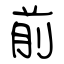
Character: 前